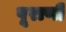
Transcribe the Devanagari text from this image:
पूराणी